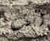
أنت